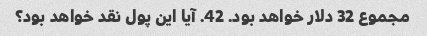
مجموع 32 دلار خواهد بود. 42. آیا این پول نقد خواهد بود؟